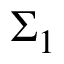
{ \boldsymbol { \Sigma } } _ { 1 }